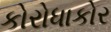
કોરોધાકોર